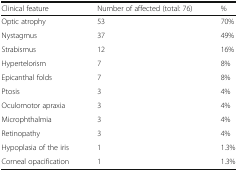
| Clinical feature | Number of affected (total: 76) | % |
 | --- | --- | --- |
 | Optic atrophy | 53 | 70% |
 | Nystagmus | 37 | 49% |
 | Strabismus | 12 | 16% |
 | Hypertelorism | 7 | 8% |
 | Epicanthal folds | 7 | 8% |
 | Ptosis | 3 | 4% |
 | Oculomotor apraxia | 3 | 4% |
 | Microphthalmia | 3 | 4% |
 | Retinopathy | 3 | 4% |
 | Hypoplasia of the iris | 1 | 1.3% |
 | Corneal opacification | 1 | 1.3% |